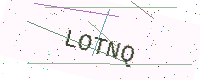
Text: LOTNQ